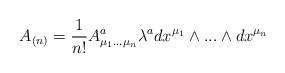
LaTeX: \begin{align*}A_{(n)}={1\over n!} A^{a}_{\mu_{1}...\mu_{n}} \lambda^{a} dx^{\mu_{1}}\wedge...\wedge dx^{\mu_{n}}\end{align*}